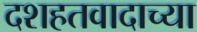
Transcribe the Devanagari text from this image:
दशहतवादाच्या